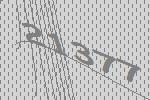
21377